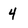
Character: 4